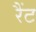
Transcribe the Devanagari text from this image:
रैंट